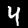
Label: 4